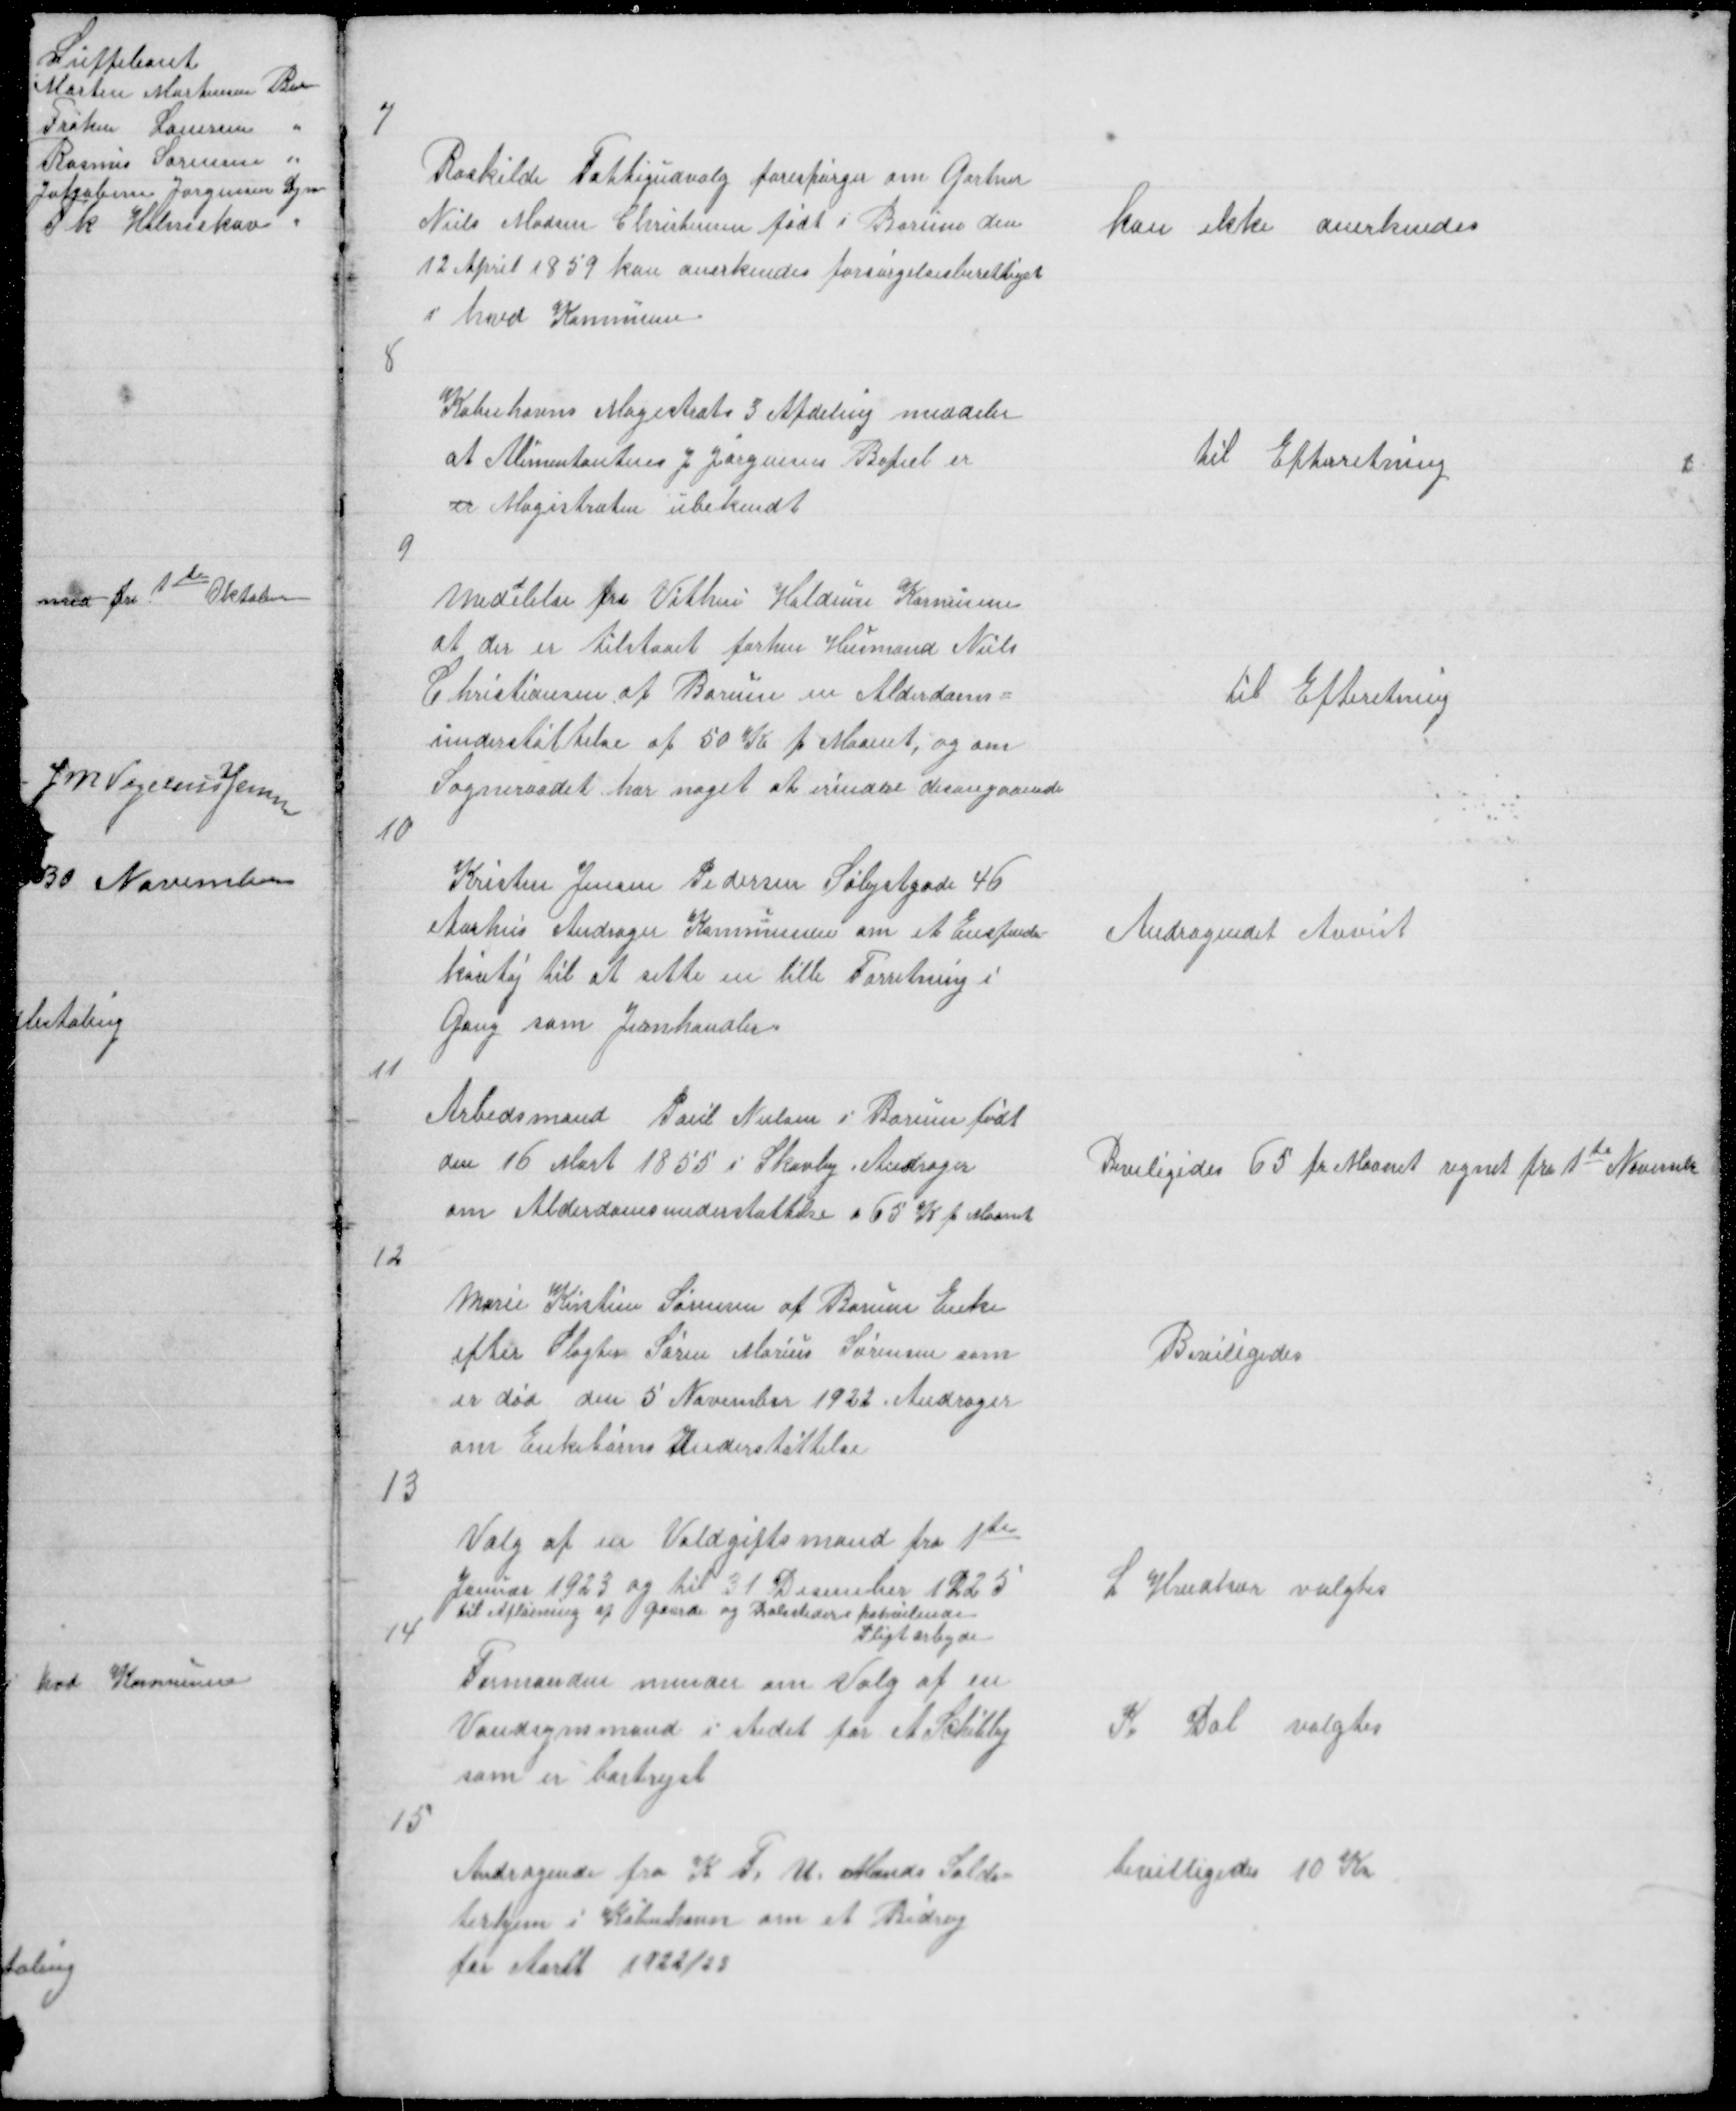
Transskription:
7

Roskilde Fattigudvalg forespørger om Gartner
Niels Madsen Christensen født i Borum den
12 April 1859 kan anerkendes forsørgelsesberettiget
i hvd Kommune

kan ikke anerkendes

8

Københavns Magistrats 3 Afdeling meddeler
at Alimentanten J Jørgensen Bopæl er
er Magistraten ubekendt

til Efterretning

9

Med
d
elelse fra Vithen Haldum Kommun
at der er tilstaaet forhen Husmand Niels
Christiansen af Borum en Alderdoms =
understøttelse af 50 Kr p Maanet, og om
Sogneraadet har noget at erindre desangaaende

til Efterretning

10

Kristen Jensen Pedersen Sølystgade 46
Aarhus Andrager Kommunen om et Enspænder =
køretøj til at sette en lille Forretning i
Gang som Jernhandler

Andragendet Anvist

11

Arbedsmand Poul Nielsen i Borum født
den 16 Mart 1855 I Skovby Andsager
om Alderdomsunderstøttelse 65 K p Maanet

Beviligides 65 pr Maanet regnet fra 1te November

12

Marie Kirstine Sørensen af Borum Enke
efter Slagter Søren Marius Sørensen som
er død den 5 November 1922 Andrager
om Enkebørns Understøttelse

Beviligedes

13

Valg af en Voldgiftsmand fra 1te
Januar 1923 og til 31 December 1925
til Afløsning af Gaarde og Bolssteders paahvilende
Pligtarbejde

L Hvidkær valgtes

14
Formanden minder om Valg af en
Vandsynsmand i stedet for A Schibby
som er bortrejst

K Dal valgtes

15
Andragende fra K. F. U. Mands Solda =
terhjem i København om et Bidrag
for Aaret 1922/23

bevilligedes 10 Kr